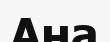
Ана